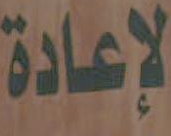
لإعادة